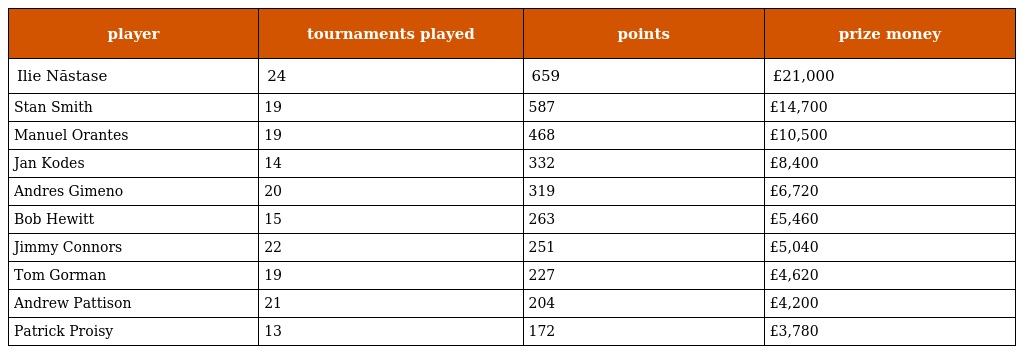
| player | tournaments played | points | prize money |
 | --- | --- | --- | --- |
 | Ilie Năstase | 24 | 659 | £21,000 |
 | Stan Smith | 19 | 587 | £14,700 |
 | Manuel Orantes | 19 | 468 | £10,500 |
 | Jan Kodes | 14 | 332 | £8,400 |
 | Andres Gimeno | 20 | 319 | £6,720 |
 | Bob Hewitt | 15 | 263 | £5,460 |
 | Jimmy Connors | 22 | 251 | £5,040 |
 | Tom Gorman | 19 | 227 | £4,620 |
 | Andrew Pattison | 21 | 204 | £4,200 |
 | Patrick Proisy | 13 | 172 | £3,780 |